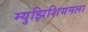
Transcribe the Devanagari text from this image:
म्युझिशियनला